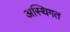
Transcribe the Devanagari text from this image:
अस्थिगत